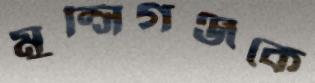
মুন্সিগঞ্জকে